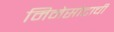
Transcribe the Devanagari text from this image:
मिनेसोटाची